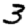
Digit: 3